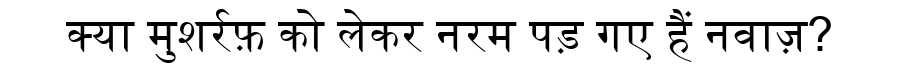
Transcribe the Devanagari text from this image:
क्या मुशर्रफ़ को लेकर नरम पड़ गए हैं नवाज़?